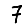
Digit: 7